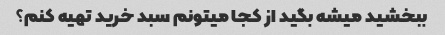
ببخشید میشه بگید از کجا میتونم سبد خرید تهیه کنم؟